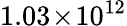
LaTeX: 1.03\! \times\! 10^{12}